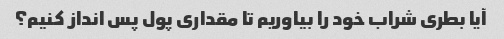
آیا بطری شراب خود را بیاوریم تا مقداری پول پس انداز کنیم؟